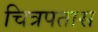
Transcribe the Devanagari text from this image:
चित्रपतास